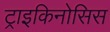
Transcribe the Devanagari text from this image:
ट्राइकिनोसिस